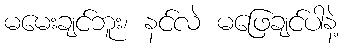
မမေးချင်ဘူး၊ နင်လဲ မဖြေချင်ပါနဲ့